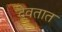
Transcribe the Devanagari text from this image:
देवतात